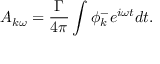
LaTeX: A _ { k \omega } = \frac { \Gamma } { 4 \pi } \int \phi _ { k } ^ { - } e ^ { i \omega t } d t .